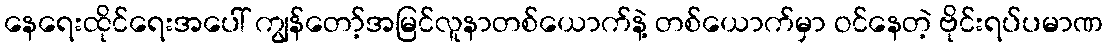
နေရေးထိုင်ရေးအပေါ် ကျွန်တော့်အမြင်လူနာတစ်ယောက်နဲ့ တစ်ယောက်မှာ ဝင်နေတဲ့ ဗိုင်းရပ်ပမာဏ